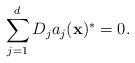
LaTeX: \begin{align*}\sum _{j=1}^d D_j a_j(\mathbf{x})^*=0.\end{align*}